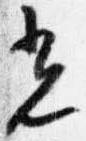
光